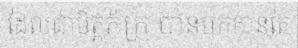
ដែលជាមិត្តភ័ក្រ បានមកកាន់តែ